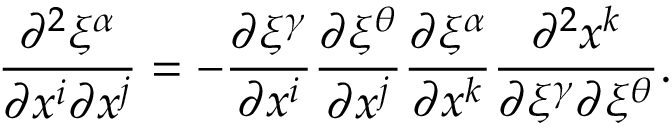
\frac { \partial ^ { 2 } \xi ^ { \alpha } } { \partial x ^ { i } \partial x ^ { j } } = - \frac { \partial \xi ^ { \gamma } } { \partial x ^ { i } } \frac { \partial \xi ^ { \theta } } { \partial x ^ { j } } \frac { \partial \xi ^ { \alpha } } { \partial x ^ { k } } \frac { \partial ^ { 2 } x ^ { k } } { \partial \xi ^ { \gamma } \partial \xi ^ { \theta } } .